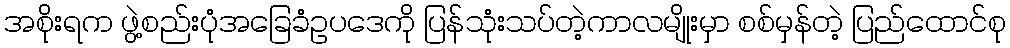
အစိုးရက ဖွဲ့စည်းပုံအခြေခံဥပဒေကို ပြန်သုံးသပ်တဲ့ကာလမျိုးမှာ စစ်မှန်တဲ့ ပြည်ထောင်စု